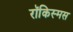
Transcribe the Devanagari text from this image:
रॉकिस्मस